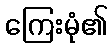
ကြေးမုံ၏